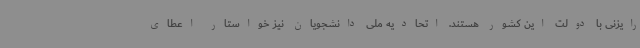
رایزنی با دولت این کشور هستند. اتحادیه ملی دانشجویان نیز خواستار اعطای